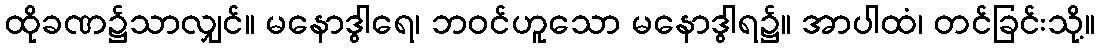
ထိုခဏ၌သာလျှင်။ မနောဒွါရေ၊ ဘဝင်ဟူသော မနောဒွါရ၌။ အာပါထံ၊ တင်ခြင်းသို့။